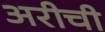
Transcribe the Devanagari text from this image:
अरीची